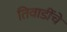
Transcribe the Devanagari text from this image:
तिवाडींचे